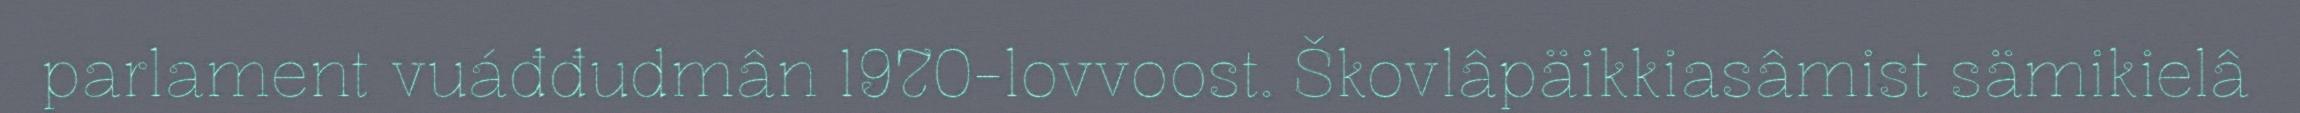
parlament vuáđđudmân 1970-lovvoost. Škovlâpäikkiasâmist sämikielâ